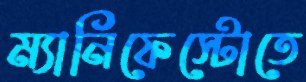
ম্যানিফেস্টোতে